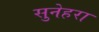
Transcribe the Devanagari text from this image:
सुनेहरा